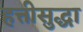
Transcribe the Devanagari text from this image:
हत्तीसुद्धा